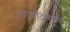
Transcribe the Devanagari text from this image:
आर्काटमध्ये